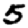
Digit: 5